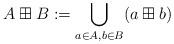
LaTeX: \begin{align*}A \boxplus B := \bigcup_{a \in A, b \in B} (a \boxplus b)\end{align*}